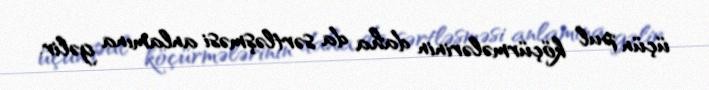
üçün pul köçürmələrinin daha da sərtləşməsi anlamına gəlir.